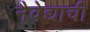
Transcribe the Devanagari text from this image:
नैवेद्याची